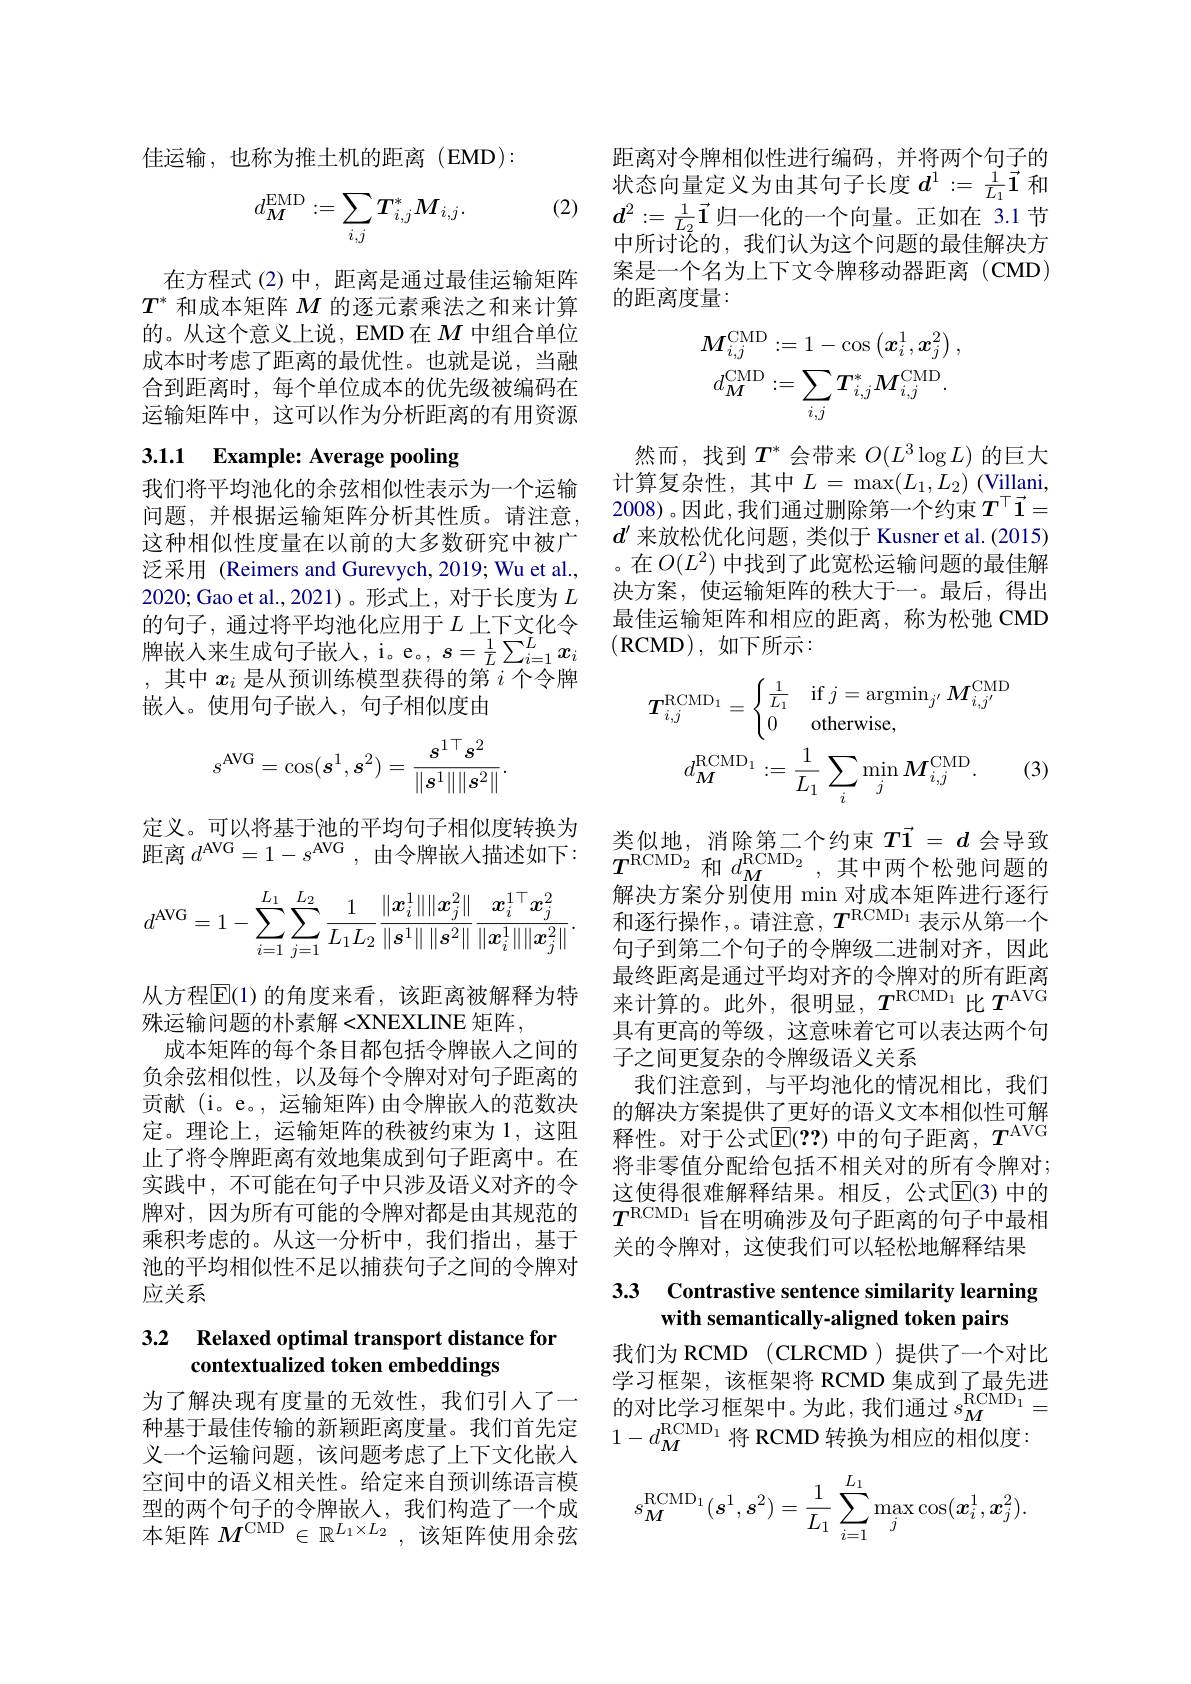
佳运输，也称为推土机的距离(EMD):

(2) $d^2: = \frac 1{L_2}\vec{1}$归一化的一个向量。正如在 3.1节
$$d_M^{\mathrm{EMD}}:=\sum_{i,j}T_{i,j}^*M_{i,j}.$$
在方程式 (2)中，距离是通过最佳运输矩阵$T^*$和成本矩阵$M$的逐元素乘法之和来计算的。从这个意义上说，EMD 在$M$中组合单位成本时考虑了距离的最优性。也就是说，当融合到距离时，每个单位成本的优先级被编码在运输矩阵中，这可以作为分析距离的有用资源

# 3.1.1 Example: Average pooling

我们将平均池化的余弦相似性表示为一个运输问题，并根据运输矩阵分析其性质。请注意， 这种相似性度量在以前的大多数研究中被广泛采用 (Reimers and Gurevych, 2019; Wu et al., 2020;Gao et al.,2021)。形式上，对于长度为$L$ 的句子，通过将平均池化应用于$L$上下文化令牌嵌入来生成句子嵌人，i。e。, $s=\frac1L\sum_{i=1}^Lx_i$ ,其中$x_i$是从预训练模型获得的第$i$个令牌嵌入。使用句子嵌入，句子相似度由
$$s^{\text{AVG}}=\cos(s^1,s^2)=\frac{s^{1\top}s^2}{\|s^1\|\|s^2\|}.$$
定义。可以将基于池的平均句子相似度转换为距离$d^\mathrm{AVG}= 1- s^\mathrm{AVG}$ ,由令牌嵌入描述如下：
$$d^{\mathrm{AVG}}=1-\sum_{i=1}^{L_1}\sum_{j=1}^{L_2}\frac{1}{L_1L_2}\frac{\|x_i^1\|\|x_j^2\|}{\|s^1\|\|s^2\|}\frac{x_i^{1\top}x_j^2}{\|x_i^1\|\|x_j^2\|}.$$
从方程$\overline{\mathbb{E}}(1)$ 的角度来看 ,该距离被解释为特
殊运输问题的朴素解<XNEXLINE 矩阵，
成本矩阵的每个条目都包括令牌嵌入之间的负余弦相似性，以及每个令牌对对句子距离的贡献(i。e。,运输矩阵)由令牌嵌入的范数决定。理论上，运输矩阵的秩被约束为1，这阻止了将令牌距离有效地集成到句子距离中。在实践中，不可能在句子中只涉及语义对齐的令乘积考虑的。从这一分析中，我们指出，基于池的平均相似性不足以捕获句子之间的令牌对应关系

### 3.2 $\textbf{Relaxed optimal transport distance for}$ contextualized token embeddings

为了解决现有度量的无效性，我们引入了一种基于最佳传输的新颖距离度量。我们首先定义一个运输问题，该问题考虑了上下文化嵌入空间中的语义相关性。给定来自预训练语言模型的两个句子的令牌嵌人，我们构造了一个成本矩阵$M^\mathrm{CMD}\in\mathbb{R}^{L_1\times L_2}$,该矩阵使用余弦

距离对令牌相似性进行编码，并将两个句子的状态向量定义为由其句子长度$d^1:=\frac1{L_1}\vec{\mathbf{1}}$和$\bar{\text{中所讨论的，我们认为这个问题的最佳解决方}}$ 案是一个名为上下文令牌移动器距离(CMD) 的距离度量：
$$M_{i,j}^{\mathrm{CMD}}:=1-\cos\left(\boldsymbol{x}_{i}^{1},\boldsymbol{x}_{j}^{2}\right),\\d_{M}^{\mathrm{CMD}}:=\sum_{i,j}T_{i,j}^{*}M_{i,j}^{\mathrm{CMD}}.$$
然而，找到$T^*$会带来$O(L^3\log L)$的巨大计算复杂性，其中$L=\max(L_1,L_2)$(Villani, 2008)。因此，我们通过删除第一个约束$T^\top\vec{1}=$ $d^{\prime}$来放松优化问题，类似于 Kusner et al. (2015) 。在$O(L^2)$中找到了此宽松运输问题的最佳解决方案，使运输矩阵的秩大于一。最后，得出最佳运输矩阵和相应的距离，称为松弛 CMD (RCMD),如下所示：
$$T_{i,j}^{\mathrm{RCMD}_{1}}=\begin{cases}\frac{1}{L_{1}}&\mathrm{if}\:j=\mathrm{argmin}_{j^{\prime}}\:M_{i,j^{\prime}}^{\mathrm{CMD}}\\0&\mathrm{otherwise},\end{cases}\\d_{M}^{\mathrm{RCMD}_{1}}:=\frac{1}{L_{1}}\sum_{i}\operatorname*{min}_{j}M_{i,j}^{\mathrm{CMD}}.$$
(3)

类似地，消除第二个约束$T\vec{1}=d$会导致$T^{\mathrm{RCMD}_2}$和$d_M^\mathrm{RCMD}_2$,其中两个松弛问题的解决方案分别使用 min 对成本矩阵进行逐行和逐行操作 ,。请注意$,T^\mathrm{RCMD_1}$表示从第一个句子到第二个句子的令牌级二进制对齐，因此最终距离是通过平均对齐的令牌对的所有距离来计算的。此外，很明显$,T^\mathrm{RCMD_1}$比$T^\mathrm{AVG}$ 具有更高的等级，这意味着它可以表达两个句子之间更复杂的令牌级语义关系
我们注意到，与平均池化的情况相比，我们的解决方案提供了更好的语义文本相似性可解释性。对于公式$\mathbb{E}(??)$ 中的句子距离，$T^\mathrm{AVG}$ 将非零值分配给包括不相关对的所有令牌对； 这使得很难解释结果。相反，公式$\mathbb{E}(3)$ 中的
牌对，因为所有可能的令牌对都是由其规范的 $T^\mathrm{RCMD_1}$旨在明确涉及句子距离的句子中最相乘和老虑的 从这一分析由 我们指出 其干 $T^\mathrm{RCMD_1}$旨在明确涉及句子距离的句子中最相
关的令牌对，这使我们可以轻松地解释结果

## 3.3 Contrastive sentence similarity learning with semantically-aligned token pairs

我们为 RCMD (CLRCMD)提供了一个对比$\begin{array}{l}\text{学习框架，该框架将 RCMD 集成到了最先进}\\\text{的对比学习框架中。为此，我们通过 }s_{M}^{\mathrm{RCMD}_{1}}=\end{array}$ $1-d_M^{\mathrm{RCMD}_1}$将 RCMD 转换为相应的相似度
$$s_M^{\mathrm{RCMD}_1}(s^1,s^2)=\frac{1}{L_1}\sum_{i=1}^{L_1}\max_j\cos(\boldsymbol{x}_i^1,\boldsymbol{x}_j^2).$$